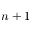
n + 1